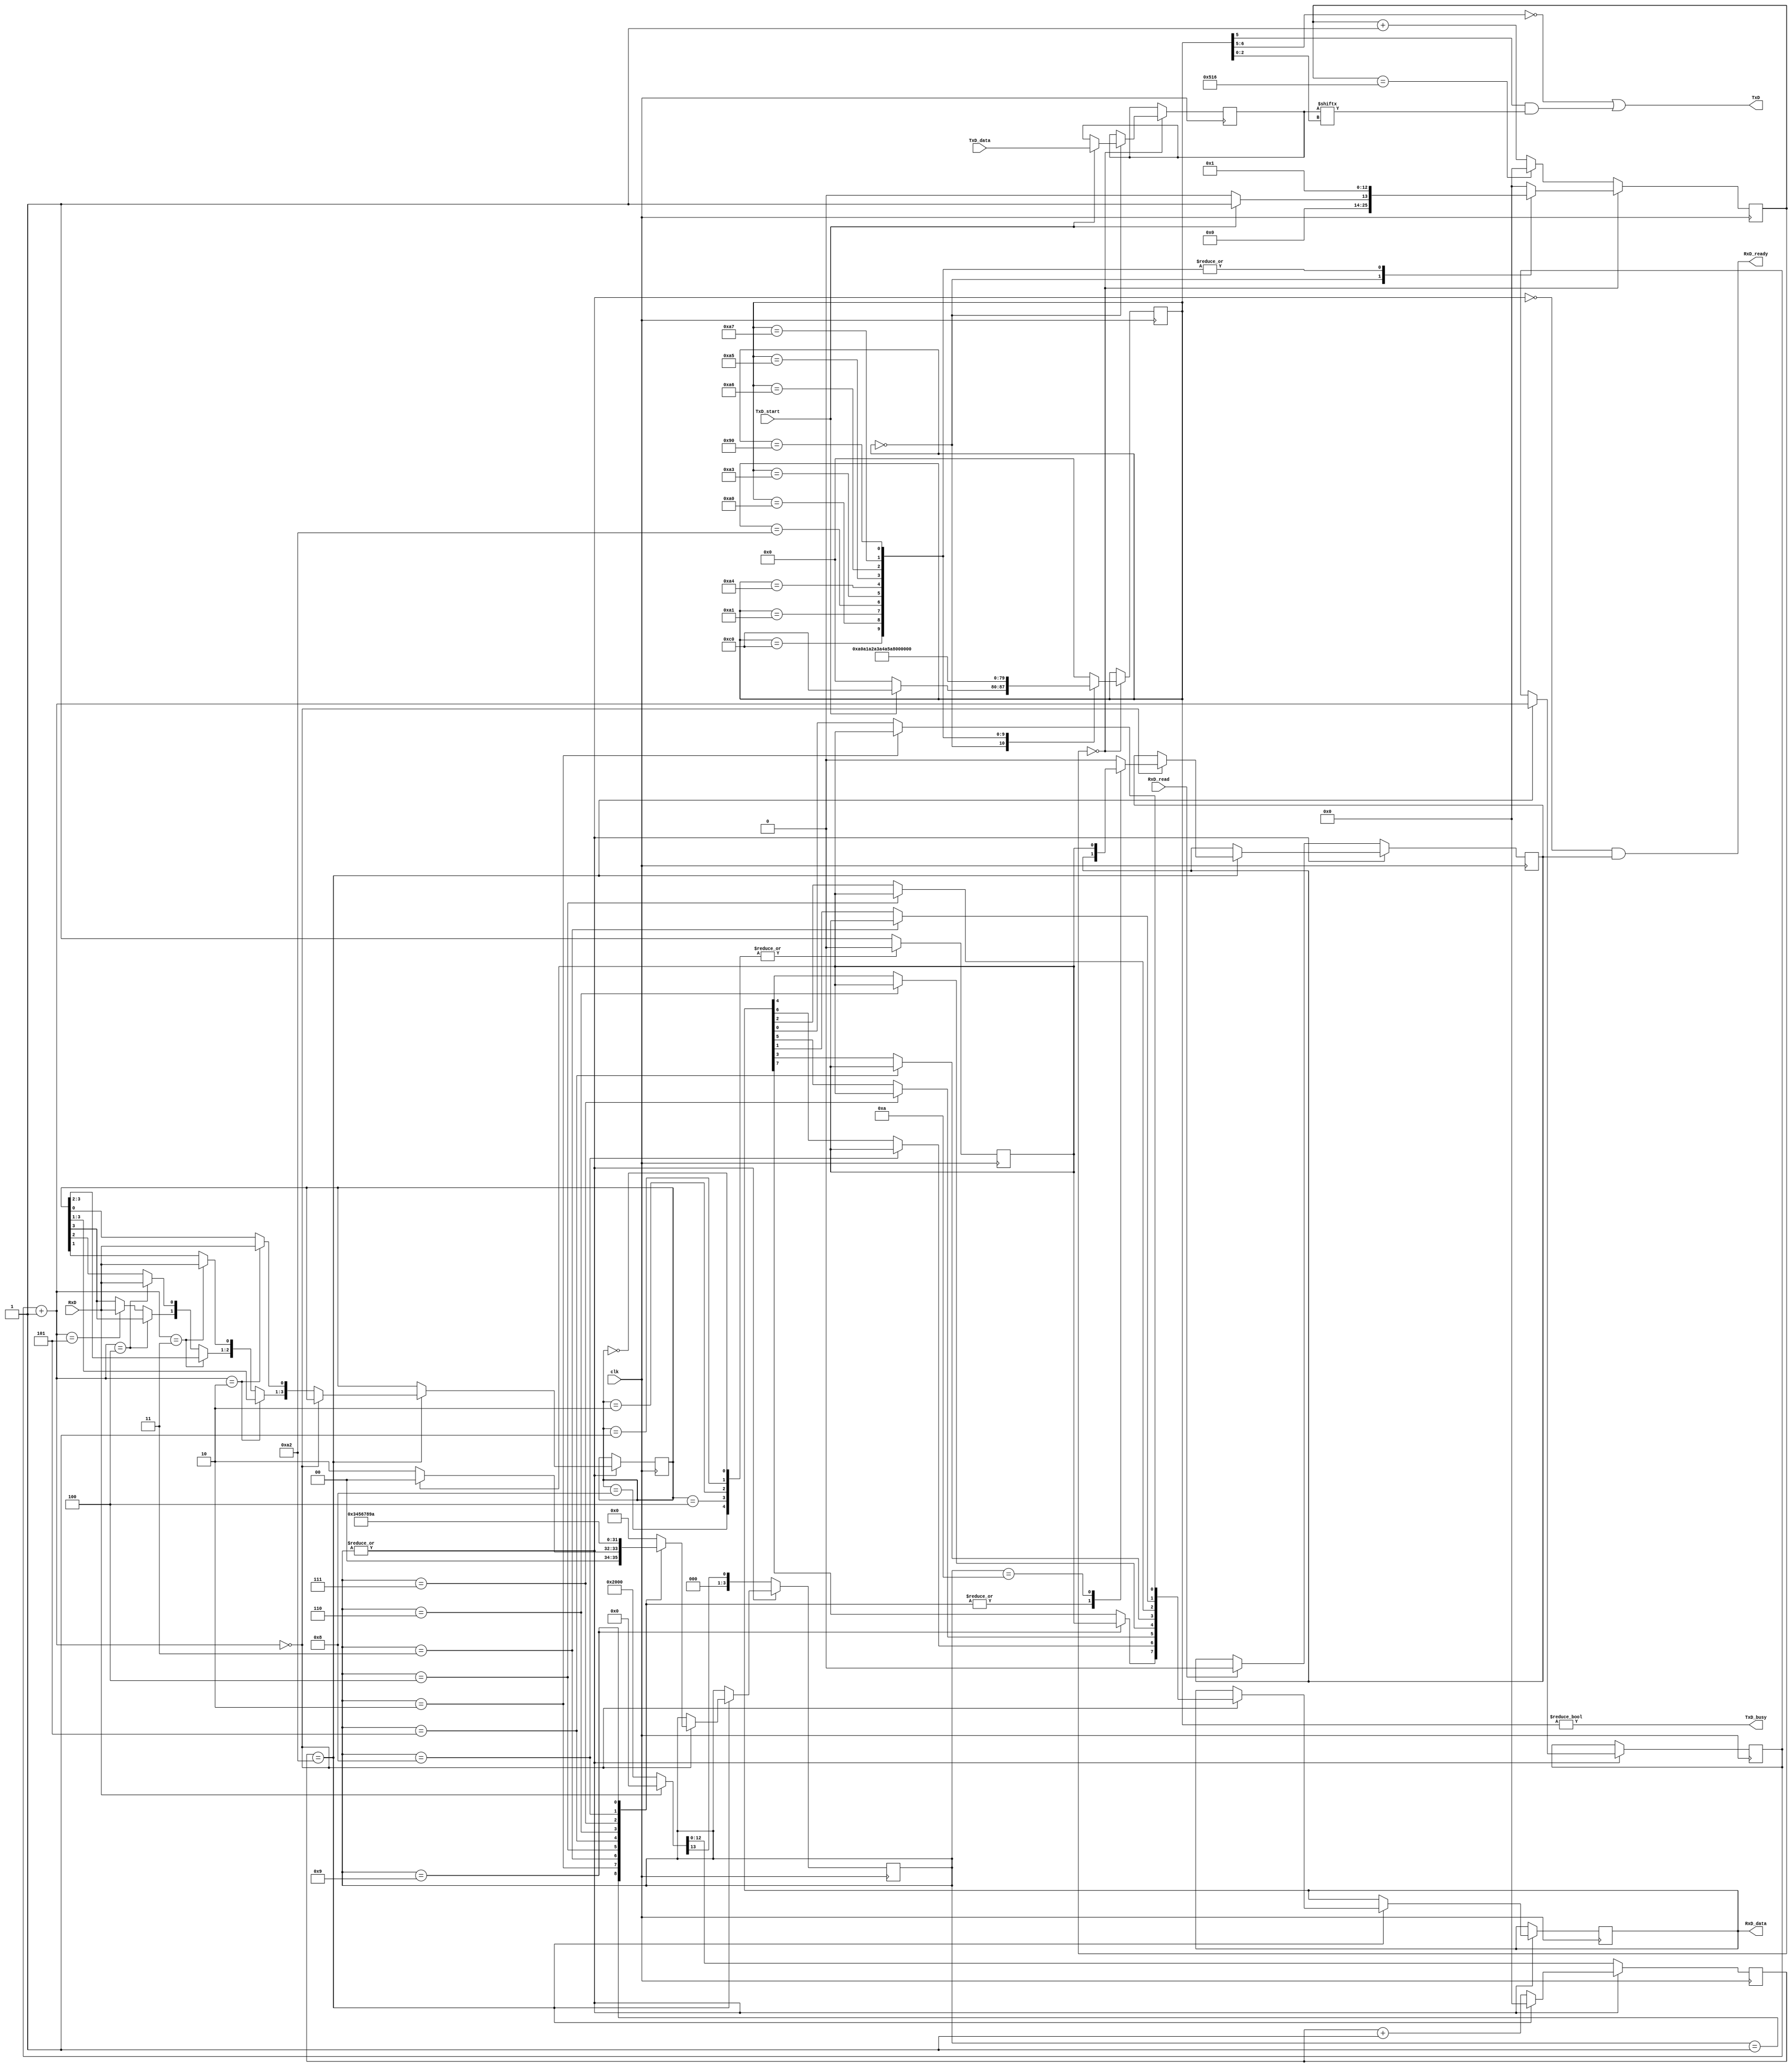
module uart_3(clk, TxD, TxD_data, TxD_start, TxD_busy, RxD, RxD_data, RxD_ready, RxD_read);
	input clk;
	input [7:0] TxD_data;
	input TxD_start;
	output TxD;
	output TxD_busy;
	input RxD;
	output [7:0] RxD_data;
	output RxD_ready;
	input RxD_read;
parameter Counter = 1302;
localparam Counter8 = Counter >> 3;	
reg [7:0] chr = 8'h48;
reg [7:0] state = 0;
reg [12:0] count = 0;
always @(posedge clk)
	if(count == 0)
		case (state)
			8'b00000000:	if(TxD_start) { chr, state, count } <= { TxD_data, 8'b11000000, 13'd1 }; else { state, count } <= { 8'd0, 13'd0 };
			8'b11000000:	{ state, count } <= { 8'b10100000, 13'd1 };
			8'b10100000:	{ state, count } <= { 8'b10100001, 13'd1 };
			8'b10100001:	{ state, count } <= { 8'b10100010, 13'd1 };
			8'b10100010:	{ state, count } <= { 8'b10100011, 13'd1 };
			8'b10100011:	{ state, count } <= { 8'b10100100, 13'd1 };
			8'b10100100:	{ state, count } <= { 8'b10100101, 13'd1 };
			8'b10100101:	{ state, count } <= { 8'b10100110, 13'd1 };
			8'b10100110:	{ state, count } <= { 8'b10100111, 13'd1 };
			8'b10100111:	{ state, count } <= { 8'b10010000, 13'd1 };
			8'b10010000:	{ state, count } <= { 8'b10010001, 13'd1 };
			default:			{ state, count } <= { 8'b00000000, 13'd0 };
		endcase
	else
		if(count == Counter)
			count <= 13'd0;
		else
			count <= count + 13'd1;
assign TxD = (state[6:5] == 0) | (state[5] & chr[state[2:0]]);
assign TxD_busy = state != 0;
reg [7:0] RxD_data = 8'd0;
reg [3:0] RxD_state = 4'd0;
reg [3:0] RxD_filter = 4'd0;
reg RxD_filtered = 1'b0;
reg [2:0] RxD_filter_idx = 3'd0;
reg [12:0] RxD_count = 13'd0;
reg stop_bit = 1'b0;
always @(posedge clk)
	case(RxD_filter)
		4'b0000, 4'b0001, 4'b0010, 4'b0100, 4'b1000:	RxD_filtered <= 1'b0;
		default:	RxD_filtered <= 1'b1;
	endcase
always @(posedge clk)
	if(~|RxD_state) begin	
		if(RxD_read)
			stop_bit = 1'b0;		
		if(~RxD)
			{ RxD_state, RxD_count } = { 4'd1, 13'd0 };		
		else
			{ RxD_state, RxD_count } = { 4'd0, 13'd0 };
	end
	else
		if(RxD_count == Counter8) begin
			{ RxD_count, RxD_filter_idx } = { 13'd0, RxD_filter_idx + 3'd1 };
			if(RxD_filter_idx == 3'd0)		
				case(RxD_state)
					4'd1:		
						if(RxD_filtered)
							RxD_state = 4'd0;	
						else
							RxD_state = 4'd2;
					4'd2:	{ RxD_data[0], RxD_state } = { RxD_filtered, 4'd3 };
					4'd3:	{ RxD_data[1], RxD_state } = { RxD_filtered, 4'd4 };
					4'd4:	{ RxD_data[2], RxD_state } = { RxD_filtered, 4'd5 };
					4'd5:	{ RxD_data[3], RxD_state } = { RxD_filtered, 4'd6 };
					4'd6:	{ RxD_data[4], RxD_state } = { RxD_filtered, 4'd7 };
					4'd7:	{ RxD_data[5], RxD_state } = { RxD_filtered, 4'd8 };
					4'd8:	{ RxD_data[6], RxD_state } = { RxD_filtered, 4'd9 };
					4'd9:	{ RxD_data[7], RxD_state } = { RxD_filtered, 4'd10 };
					4'd10: { stop_bit, RxD_state } = { RxD_filtered, 4'd0 };
					default: { stop_bit, RxD_state } = { 1'b0, 4'd0 };
				endcase
			else if(RxD_filter_idx == 3'd2) RxD_filter[0] = RxD;
			else if(RxD_filter_idx == 3'd3) RxD_filter[1] = RxD;
			else if(RxD_filter_idx == 3'd4) RxD_filter[2] = RxD;
			else if(RxD_filter_idx == 3'd5) RxD_filter[3] = RxD;
		end
		else
			RxD_count = RxD_count + 13'd1;
assign RxD_ready = (~|RxD_state & stop_bit);		
endmodule